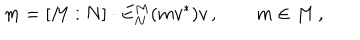
m = [ M : N ] \cdot E _ { N } ^ { M } ( m v ^ { * } ) v \, , \qquad m \in M \, ,